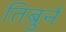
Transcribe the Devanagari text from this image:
तिबुर्न